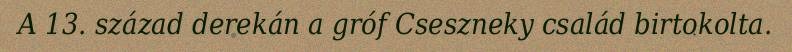
A 13. század derekán a gróf Cseszneky család birtokolta.